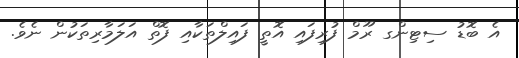
އެ ބޮޑު ސިޓިންގ ރޫމް ފުރިފައި އޮތީ ފައިލްތަކާއި ފޮތް އަލަމާރިތަކުން ނެވެ.